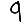
Digit: 9